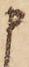
申